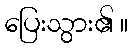
ပြေးသွား၏ ။